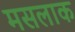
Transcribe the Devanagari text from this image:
मसलाक